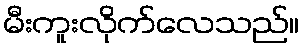
မီးကူးလိုက်လေသည်။